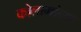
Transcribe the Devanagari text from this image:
कोलामांच्या